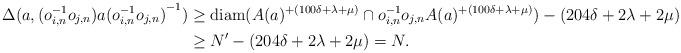
LaTeX: \begin{align*}\Delta(a,{(o_{i,n}^{-1}o_{j,n})}a{(o_{i,n}^{-1}o_{j,n})}^{-1})& \geq \mathrm{diam}(A(a)^{+(100\delta+\lambda+\mu)}\cap o_{i,n}^{-1}o_{j,n}A(a)^{+(100\delta+\lambda+\mu)}) - (204\delta+2\lambda+2\mu) \\ & \geq N' - (204\delta+2\lambda+2\mu) =N.\end{align*}